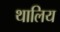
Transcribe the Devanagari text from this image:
थालिय